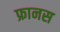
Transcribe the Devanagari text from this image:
फ्रानस